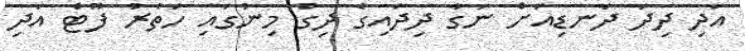
އަދި ދިދަ ދަނޑިއަށް ނަގާ ދިދައިގެ ދިގު މިނުގައި ހަތުރު ފޫޓް އަދި